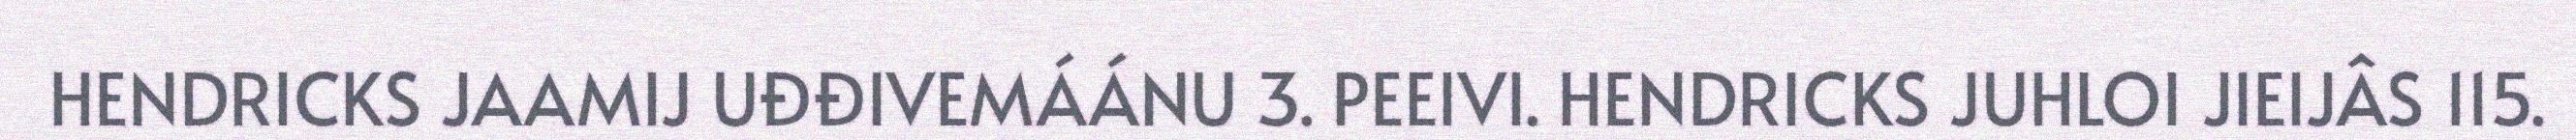
HENDRICKS JAAMIJ UĐĐIVEMÁÁNU 3. PEEIVI. HENDRICKS JUHLOI JIEIJÂS 115.